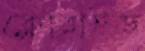
ক্লোরাইড